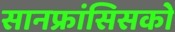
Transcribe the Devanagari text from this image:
सानफ्रांसिसको